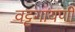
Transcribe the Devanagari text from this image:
वट्टगायणी